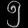
Digit: ၅